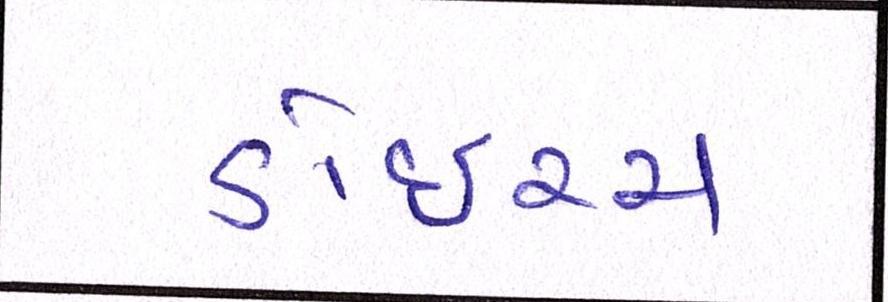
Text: ડોઇચ્ચ